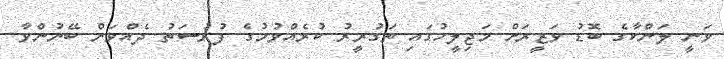
ވަނީ ލަންކާގެ ބޮޑު ވަޒީރަށް މަޖިލީހުގައި ތަގުރީރު ކުރެއްވުމުގެ ފުރުސަތު ދެއްވަން ބޭނުންވާ